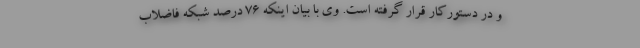
و در دستورکار قرار گرفته است. وی با بیان اینکه ۷۶ درصد شبکه فاضلاب